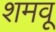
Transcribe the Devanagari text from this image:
शमवू